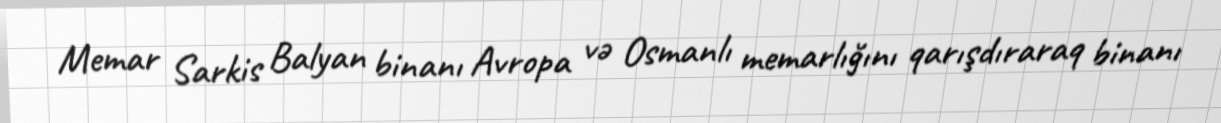
Memar Sarkis Balyan binanı Avropa və Osmanlı memarlığını qarışdıraraq binanı